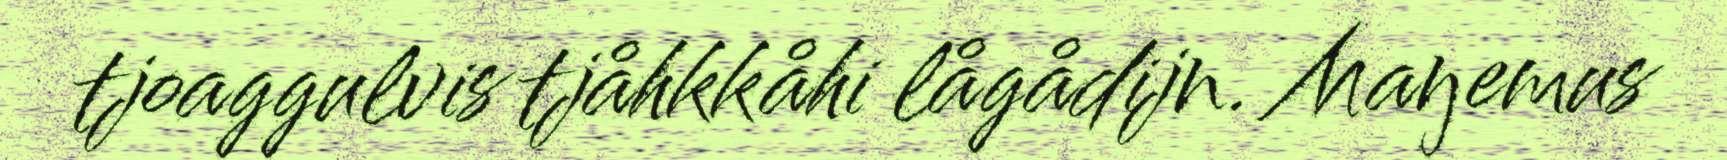
tjoaggulvis tjåhkkåhi lågådijn. Maŋemus